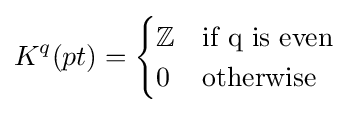
K^{q}(pt)={\begin{cases}\mathbb {Z} &{\text{if q is even}}\\0&{\text{otherwise}}\end{cases}}